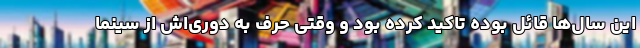
این سال‌ها قائل بوده تاکید کرده بود و وقتی حرف به دوری‌اش از سینما